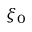
\xi _ { 0 }